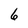
Character: 6